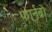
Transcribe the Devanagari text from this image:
फार्नब्रो